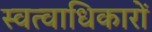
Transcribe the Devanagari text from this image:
स्वत्वाधिकारों